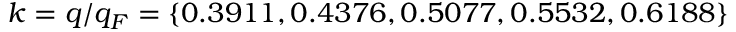
k = q / q _ { F } = \{ 0 . 3 9 1 1 , 0 . 4 3 7 6 , 0 . 5 0 7 7 , 0 . 5 5 3 2 , 0 . 6 1 8 8 \}